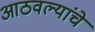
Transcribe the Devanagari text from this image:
आठवल्यांचे